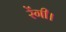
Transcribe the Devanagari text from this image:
रेंगी।